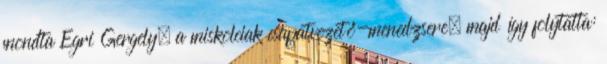
mondta Egri Gergely, a miskolciak csapatvezető-menedzsere, majd így folytatta: